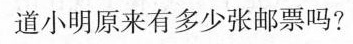
道小明原来有多少张邮票吗?